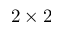
2 \times 2